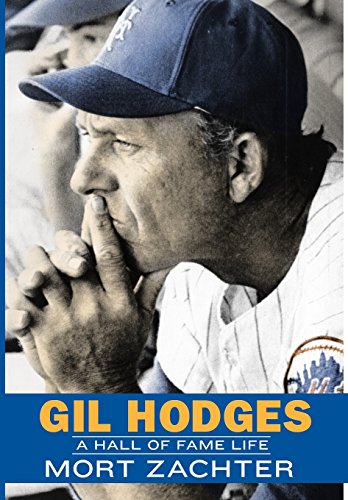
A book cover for Gil Hodges: A Hall of Fame Life; Mort Zachter; Biographies & Memoirs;